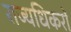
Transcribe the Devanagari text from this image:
राज्यधिकरों